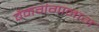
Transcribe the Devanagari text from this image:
वैनगंगानाग